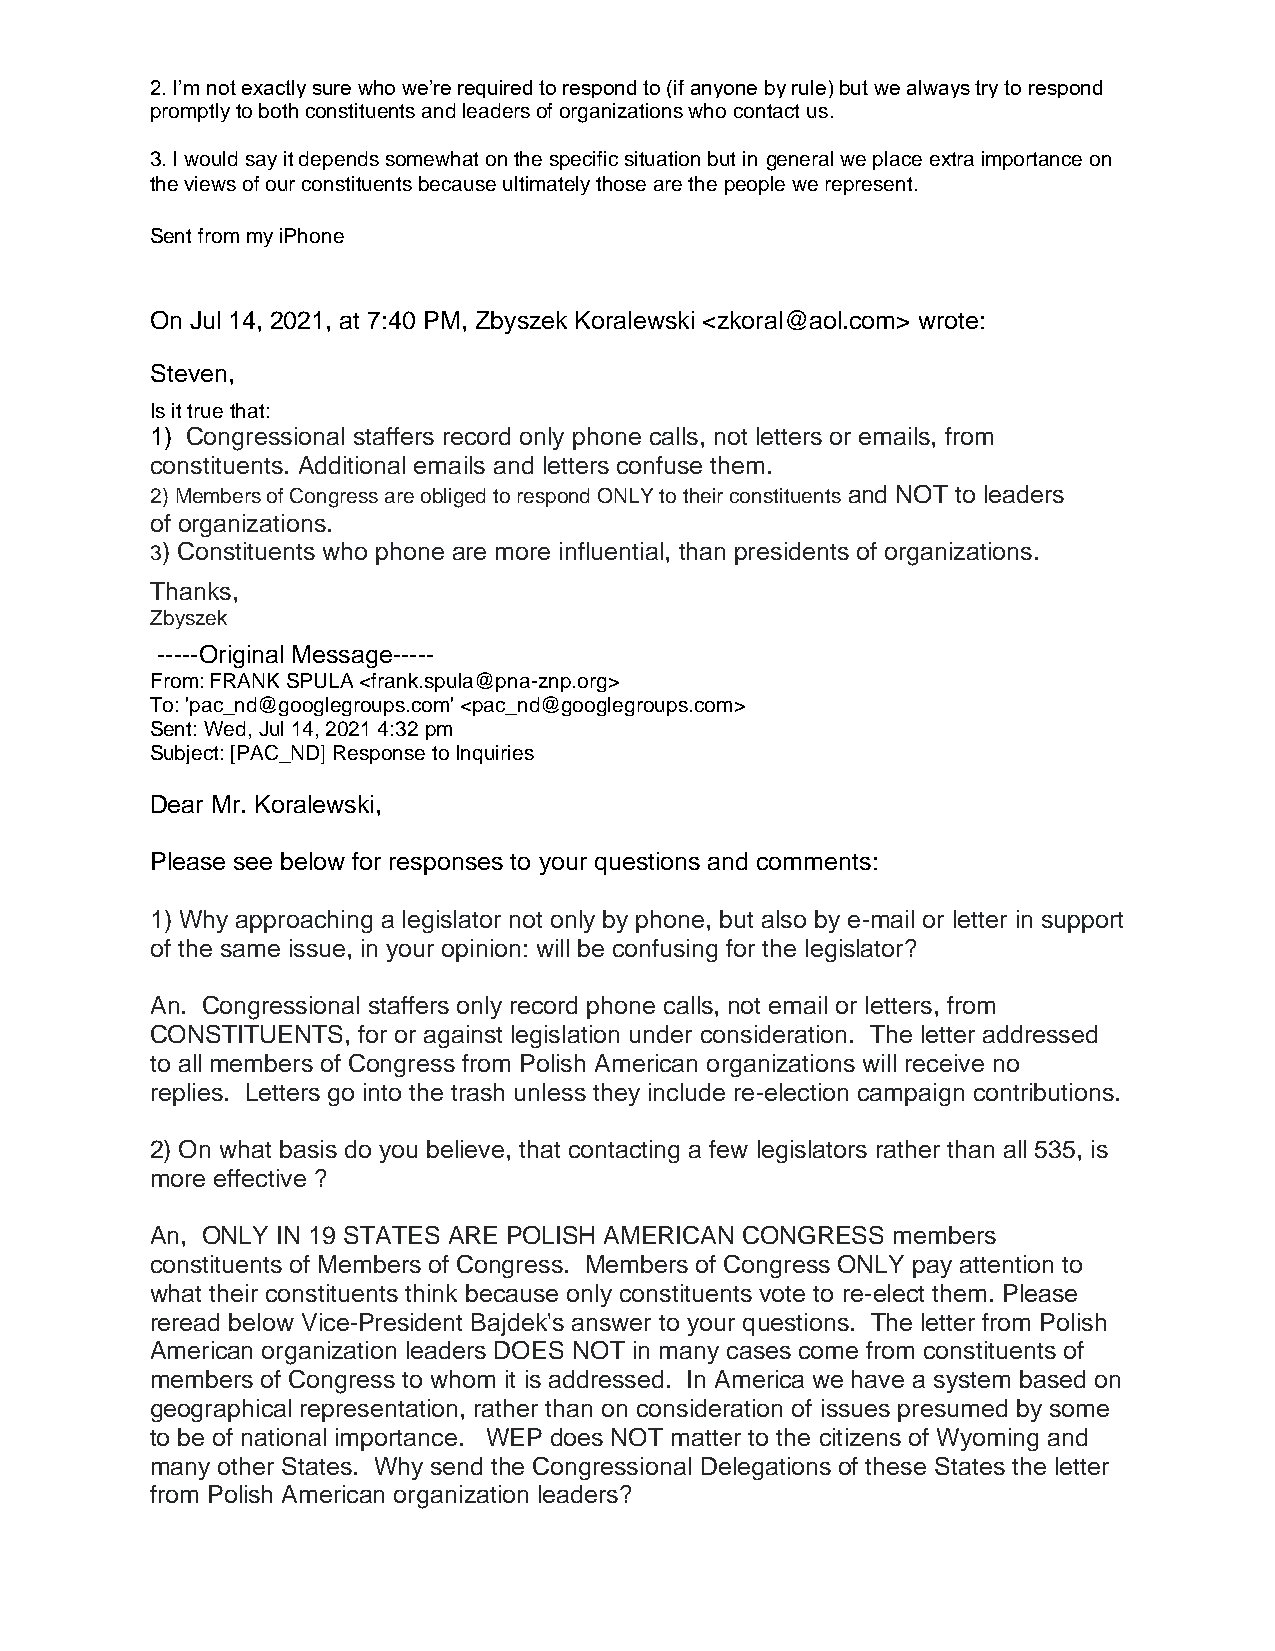
2. I’m not exactly sure who we’re required to respond to (if anyone by rule) but we always try to respond
 promptly to both constituents and leaders of organizations who contact us.
 3. I would say it depends somewhat on the specific situation but in general we place extra importance on
 the views of our constituents because ultimately those are the people we represent.
 Sent from my iPhone
 On Jul 14, 2021, at 7:40 PM, Zbyszek Koralewski <zkoral@aol.com> wrote:
 Steven,
 Is it true that:
 1) Congressional staffers record only phone calls, not letters or emails, from
 constituents. Additional emails and letters confuse them.
 2) Members of Congress are obliged to respond ONLY to their constituents and NOT to leaders
 of organizations.
 3) Constituents who phone are more influential, than presidents of organizations.
 Thanks,
 Zbyszek
 -----Original Message-----
 From: FRANK SPULA <frank.spula@pna-znp.org>
 To: 'pac_nd@googlegroups.com' <pac_nd@googlegroups.com>
 Sent: Wed, Jul 14, 2021 4:32 pm
 Subject: [PAC_ND] Response to Inquiries
 Dear Mr. Koralewski,
 Please see below for responses to your questions and comments:
 1) Why approaching a legislator not only by phone, but also by e-mail or letter in support
 of the same issue, in your opinion: will be confusing for the legislator?
 An. Congressional staffers only record phone calls, not email or letters, from
 CONSTITUENTS, for or against legislation under consideration. The letter addressed
 to all members of Congress from Polish American organizations will receive no
 replies. Letters go into the trash unless they include re-election campaign contributions.
 2) On what basis do you believe, that contacting a few legislators rather than all 535, is
 more effective ?
 An, ONLY IN 19 STATES ARE POLISH AMERICAN CONGRESS members
 constituents of Members of Congress. Members of Congress ONLY pay attention to
 what their constituents think because only constituents vote to re-elect them. Please
 reread below Vice-President Bajdek's answer to your questions. The letter from Polish
 American organization leaders DOES NOT in many cases come from constituents of
 members of Congress to whom it is addressed. In America we have a system based on
 geographical representation, rather than on consideration of issues presumed by some
 to be of national importance. WEP does NOT matter to the citizens of Wyoming and
 many other States. Why send the Congressional Delegations of these States the letter
 from Polish American organization leaders?